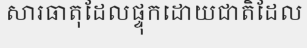
សារធាតុដែលផ្ទុកដោយជាតិដែល